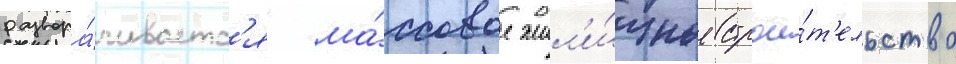
развора́чиваетс'я ма́ссовое жил'и́щное строи́т'ельство